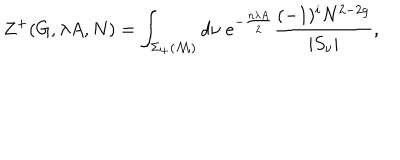
Z ^ { + } ( G , \lambda A , N ) = \int _ { \Sigma _ { + } ( { \cal M } ) } d \nu \; e ^ { - \frac { n \lambda A } { 2 } } \frac { ( - 1 ) ^ { i } N ^ { 2 - 2 g } } { | S _ { \nu } | } ,